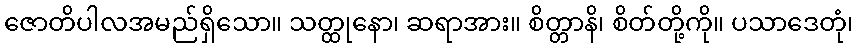
ဇောတိပါလအမည်ရှိသော။ သတ္ထုနော၊ ဆရာအား။ စိတ္တာနိ၊ စိတ်တို့ကို။ ပသာဒေတုံ၊